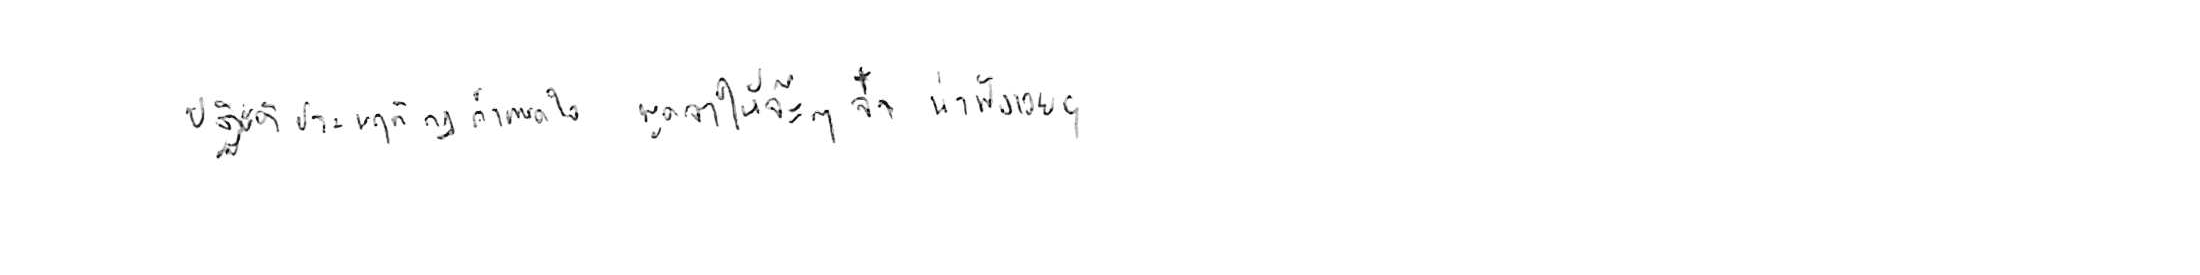
ปฏิบัติประพฤติกฎกำหนดใจ พูดจาให้จ๊ะๆ จ๋า น่าฟังเอยฯ